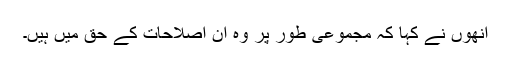
انھوں نے کہا کہ مجموعی طور پر وہ ان اصلاحات کے حق میں ہیں۔